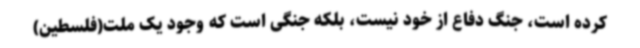
کرده است، جنگ دفاع از خود نیست، بلکه جنگی است که وجود یک ملت(فلسطین)